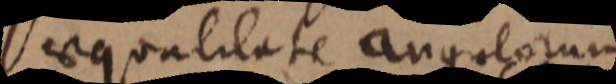
aequalitate angulorum